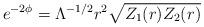
LaTeX: \begin{align*}e^{-2\phi}=\Lambda^{-1/2}r^2 \sqrt{Z_1(r)Z_2(r)}\end{align*}